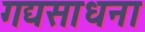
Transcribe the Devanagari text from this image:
गद्यसाधना